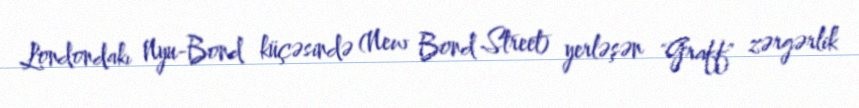
Londondakı Nyu-Bond küçəsində (New Bond Street) yerləşən "Graff" zərgərlik